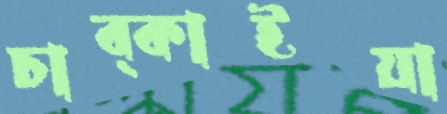
চাব্‌কাইয়া